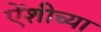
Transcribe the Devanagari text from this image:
एेंशीच्या